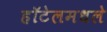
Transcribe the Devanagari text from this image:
हॉटेलमधले